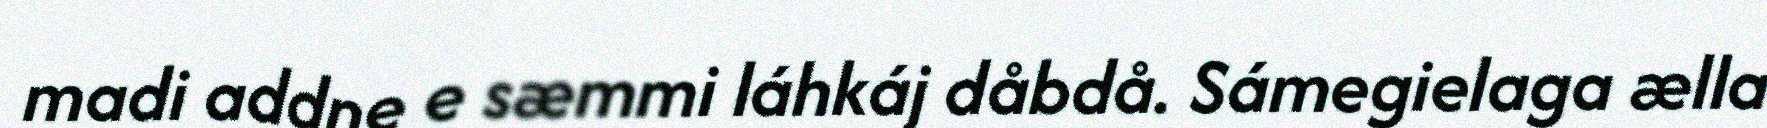
madi addne e sæmmi láhkáj dåbdå. Sámegielaga ælla